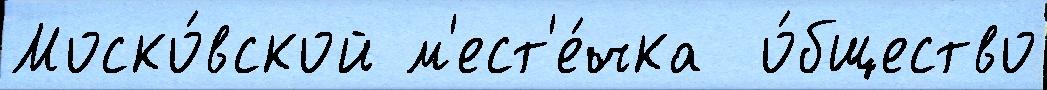
Моско́вской м'ест'е́чка  о́бщество